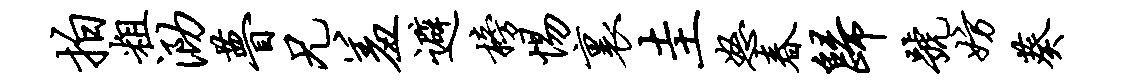
拍粗泐瞢兄羞避榜惕里圭怒春归号妨葵